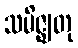
သမိဇ္ဈတု